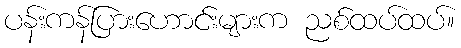
ပန်းကန်ပြားဟောင်းများက ညစ်ထပ်ထပ်။